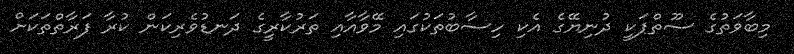
މިބާވަތުގެ ސޫތްޕަކީ ދުނިޔޭގެ އެކި ހިސާބުތަކުގައި މޭވާއާއި ތަރުކާރީގެ ދަނޑުވެރިކަން ކުރާ ފަރާތްތަކަށް